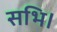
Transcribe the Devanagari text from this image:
सभि।